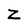
Character: Z